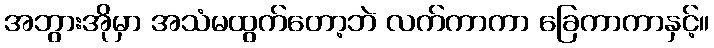
အဘွားအိုမှာ အသံမထွက်တော့ဘဲ လက်ကာကာ ခြေကာကာနှင့်။